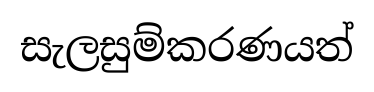
සැලසුම්කරණයත්